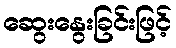
ဆွေးနွေးခြင်းဖြင့်